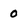
Character: 0